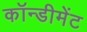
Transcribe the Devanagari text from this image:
कॉन्डीमेंट